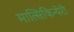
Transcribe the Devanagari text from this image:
मात्सिकिन्येरी